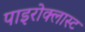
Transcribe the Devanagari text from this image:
पाइरोक्लास्ट